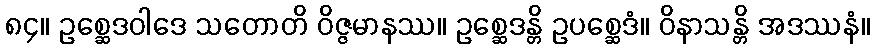
၈၄။ ဥစ္ဆေဒဝါဒေ သတောတိ ဝိဇ္ဇမာနဿ။ ဥစ္ဆေဒန္တိ ဥပစ္ဆေဒံ။ ဝိနာသန္တိ အဒဿနံ။